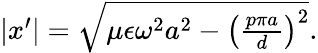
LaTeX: \begin{array}{r}{\left|x^{\prime}\right|=\sqrt{\mu\epsilon\omega^{2}a^{2}-\left(\frac{p\pi a}{d}\right)^{2}}.}\end{array}